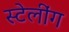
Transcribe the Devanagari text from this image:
स्टेलींग